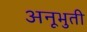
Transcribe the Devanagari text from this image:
अनूभुती